Civil Veterinary Dept. Bombay admin report 1893-99 - 1893-1899
Year: 1893
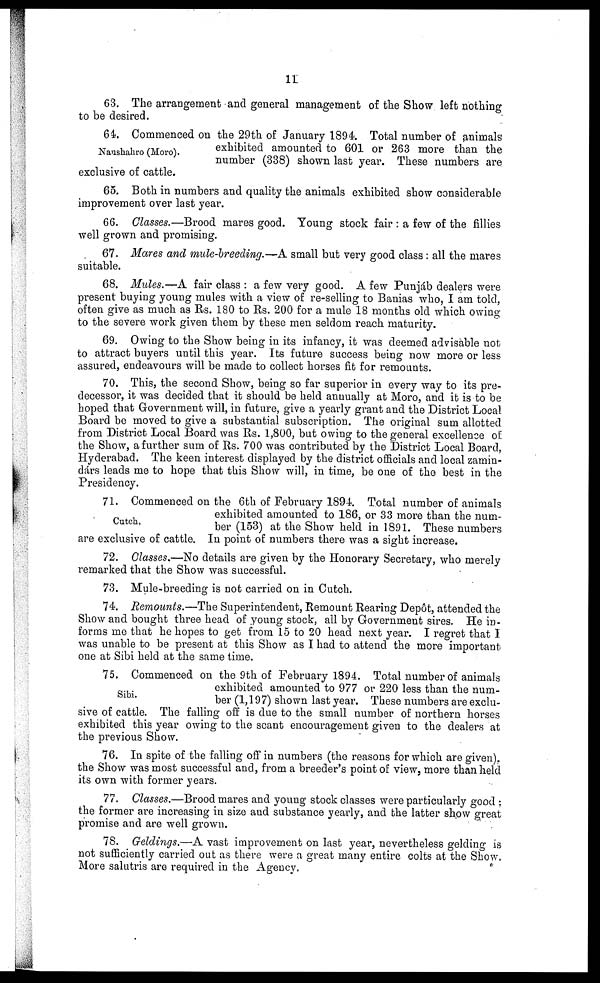
11
63. The arrangement and general management of the Show left nothing
to be desired.
Naushahro (Moro).
64. Commenced on the 29th of January 1894. Total number of animals
exhibited amounted to 601 or 263 more than the
number (338) shown last year. These numbers are
exclusive of cattle.
65. Both in numbers and quality the animals exhibited show considerable
improvement over last year.
66. Classes.—Brood mares good. Young stock fair: a few of the fillies
well grown and promising.
67. Mares and mule-breeding.—A small but very good class: all the mares
suitable.
68. Mules.—A fair class: a few very good. A few Punjáb dealers were
present buying young mules with a view of re-selling to Banias who, I am told,
often give as much as Rs. 180 to Rs. 200 for a mule 18 months old which owing
to the severe work given them by these men seldom reach maturity.
69. Owing to the Show being in its infancy, it was deemed advisable not
to attract buyers until this year. Its future success being now more or less
assured, endeavours will be made to collect horses fit for remounts.
70. This, the second Show, being so far superior in every way to its pre-
decessor, it was decided that it should be held annually at Moro, and it is to be
hoped that Government will, in future, give a yearly grant and the District Local
Board be moved to give a substantial subscription. The original sum allotted
from District Local Board was Rs. 1,800, but owing to the general excellence of
the Show, a further sum of Rs. 700 was contributed by the District Local Board,
Hyderabad. The keen interest displayed by the district officials and local zamin-
dárs leads me to hope that this Show will, in time, be one of the best in the
Presidency.
Cutch.
71. Commenced on the 6th of February 1894. Total number of animals
exhibited amounted to 186, or 33 more than the num-
ber (153) at the Show held in 1891. These numbers
are exclusive of cattle. In point of numbers there was a sight increase.
72. Classes.—No details are given by the Honorary Secretary, who merely
remarked that the Show was successful.
73. Mule-breeding is not carried on in Cutch.
74. Remounts.—The Superintendent, Remount Rearing Depôt, attended the
Show and bought three head of young stock, all by Government sires. He in-
forms me that he hopes to get from 15 to 20 head next year. I regret that I
was unable to be present at this Show as I had to attend the more important
one at Sibi held at the same time.
Sibi.
75. Commenced on the 9th of February 1894. Total number of animals
exhibited amounted to 977 or 220 less than the num-
ber (1,197) shown last year. These numbers are exclu-
sive of cattle. The falling off is due to the small number of northern horses
exhibited this year owing to the scant encouragement given to the dealers at
the previous Show.
76. In spite of the falling off in numbers (the reasons for which are given),
the Show was most successful and, from a breeder's point of view, more than held
its own with former years.
77. Classes.—Brood mares and young stock classes were particularly good;
the former are increasing in size and substance yearly, and the latter show great
promise and are well grown.
78. Geldings.—A vast improvement on last year, nevertheless gelding is
not sufficiently carried out as there were a great many entire colts at the Show.
More salutris are required in the Agency.